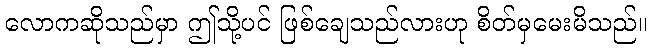
လောကဆိုသည်မှာ ဤသို့ပင် ဖြစ်ချေသည်လားဟု စိတ်မှမေးမိသည်။